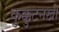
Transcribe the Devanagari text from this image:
कुक्कुटनखी